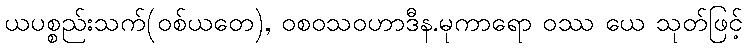
ယပစ္စည်းသက်(ဝစ်ယတေ), ဝစဝသဝဟာဒီန.မုကာရော ဝဿ ယေ သုတ်ဖြင့်